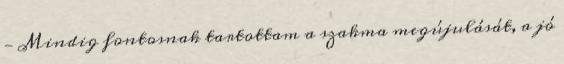
— Mindig fontosnak tartottam a szakma megújulását, a jó